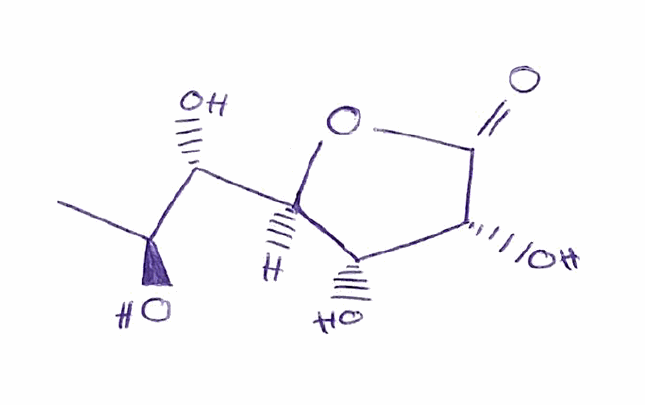
Simplified molecular-input line-entry system (SMILES) notation of the given molecule:
C[C@@H]([C@@H]([C@@H]1[C@H]([C@H](C(=O)O1)O)O)O)O